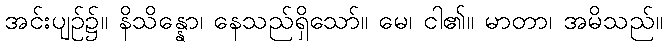
အင်းပျဉ်၌။ နိသိန္နော၊ နေသည်ရှိသော်။ မေ၊ ငါ၏။ မာတာ၊ အမိသည်။